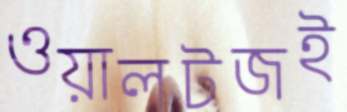
ওয়ালটজই